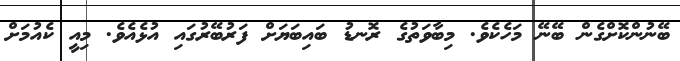
ބޭނުންކޮށްގެން ބޭނޭ މަހެކެވެ. މިބާވަތުގެ ރޮނޑު ބައިބަޔަށް ފަރުބޭރުގައި އުޅެއެވެ. މިއީ ކެއުމަށް